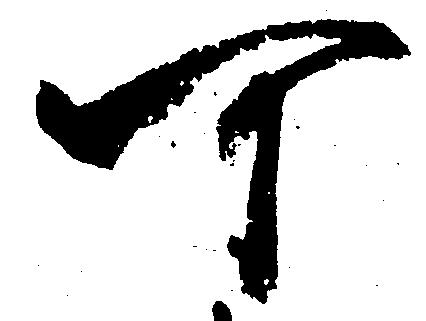
可